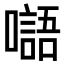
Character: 𡂂